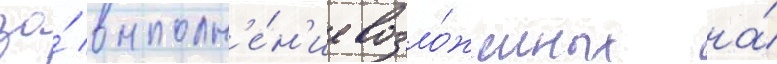
за́ выполн'е́н'ие возло́женных на́